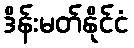
ဒိန်းမတ်နိုင်ငံ